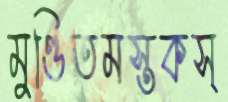
মুণ্ডিতমস্তকস্